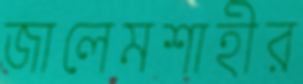
জালেমশাহীর